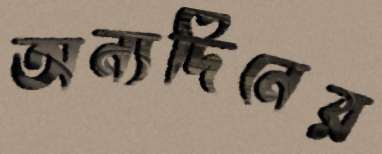
অন্যদিনের